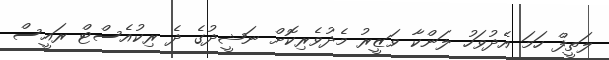
ލަތީފް ހަމަ އެދުވަހު ލަންކާ ވަޒީރު މެދުވެރިކޮށް ނަޝީދުގެ ދެ ރިކުއެސްޓް ރައީސް